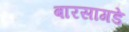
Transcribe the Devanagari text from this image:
बारसागडे